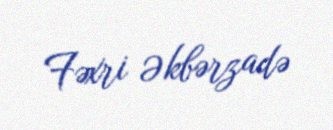
Fəxri Əkbərzadə